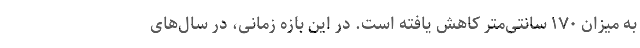
به میزان ۱۷۰ سانتی‌متر کاهش یافته است. در این بازه زمانی، در سال‌های